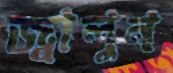
জ্বালুন